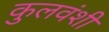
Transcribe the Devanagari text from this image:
कुलवंशी